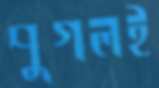
পুগলই